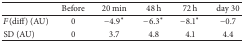
<table><thead><tr><td><b> </b></td><td><b>Before</b></td><td><b>20 min</b></td><td><b>48 h</b></td><td><b>72 h</b></td><td><b>day 30</b></td></tr></thead><tbody><tr><td><i>F</i>(diff) (AU)</td><td>0</td><td>−4.9*</td><td>−6.3*</td><td>−8.1*</td><td>−0.7</td></tr><tr><td>SD (AU)</td><td>0</td><td>3.7</td><td>4.8</td><td>4.1</td><td>4.4</td></tr></tbody></table>